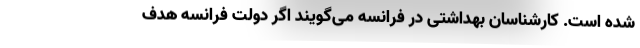
شده است. کارشناسان بهداشتی در فرانسه می‌گویند اگر دولت فرانسه هدف